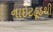
નાઇટહૂડથી